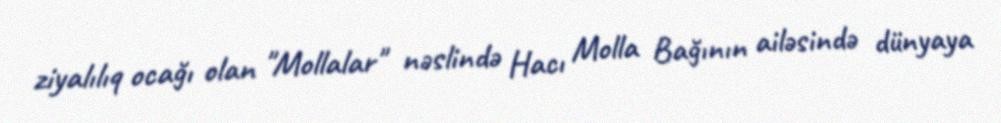
ziyalılıq ocağı olan "Mollalar" nəslində Hacı Molla Bağının ailəsində dünyaya